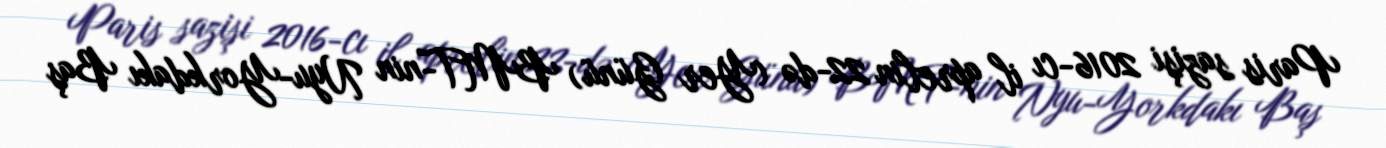
Paris sazişi 2016-cı il aprelin 22-də (Yer Günü) BMT-nin Nyu-Yorkdakı Baş